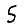
Digit: 5